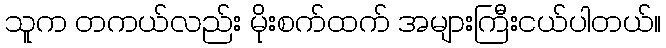
သူက တကယ်လည်း မိုးစက်ထက် အများကြီးငယ်ပါတယ်။